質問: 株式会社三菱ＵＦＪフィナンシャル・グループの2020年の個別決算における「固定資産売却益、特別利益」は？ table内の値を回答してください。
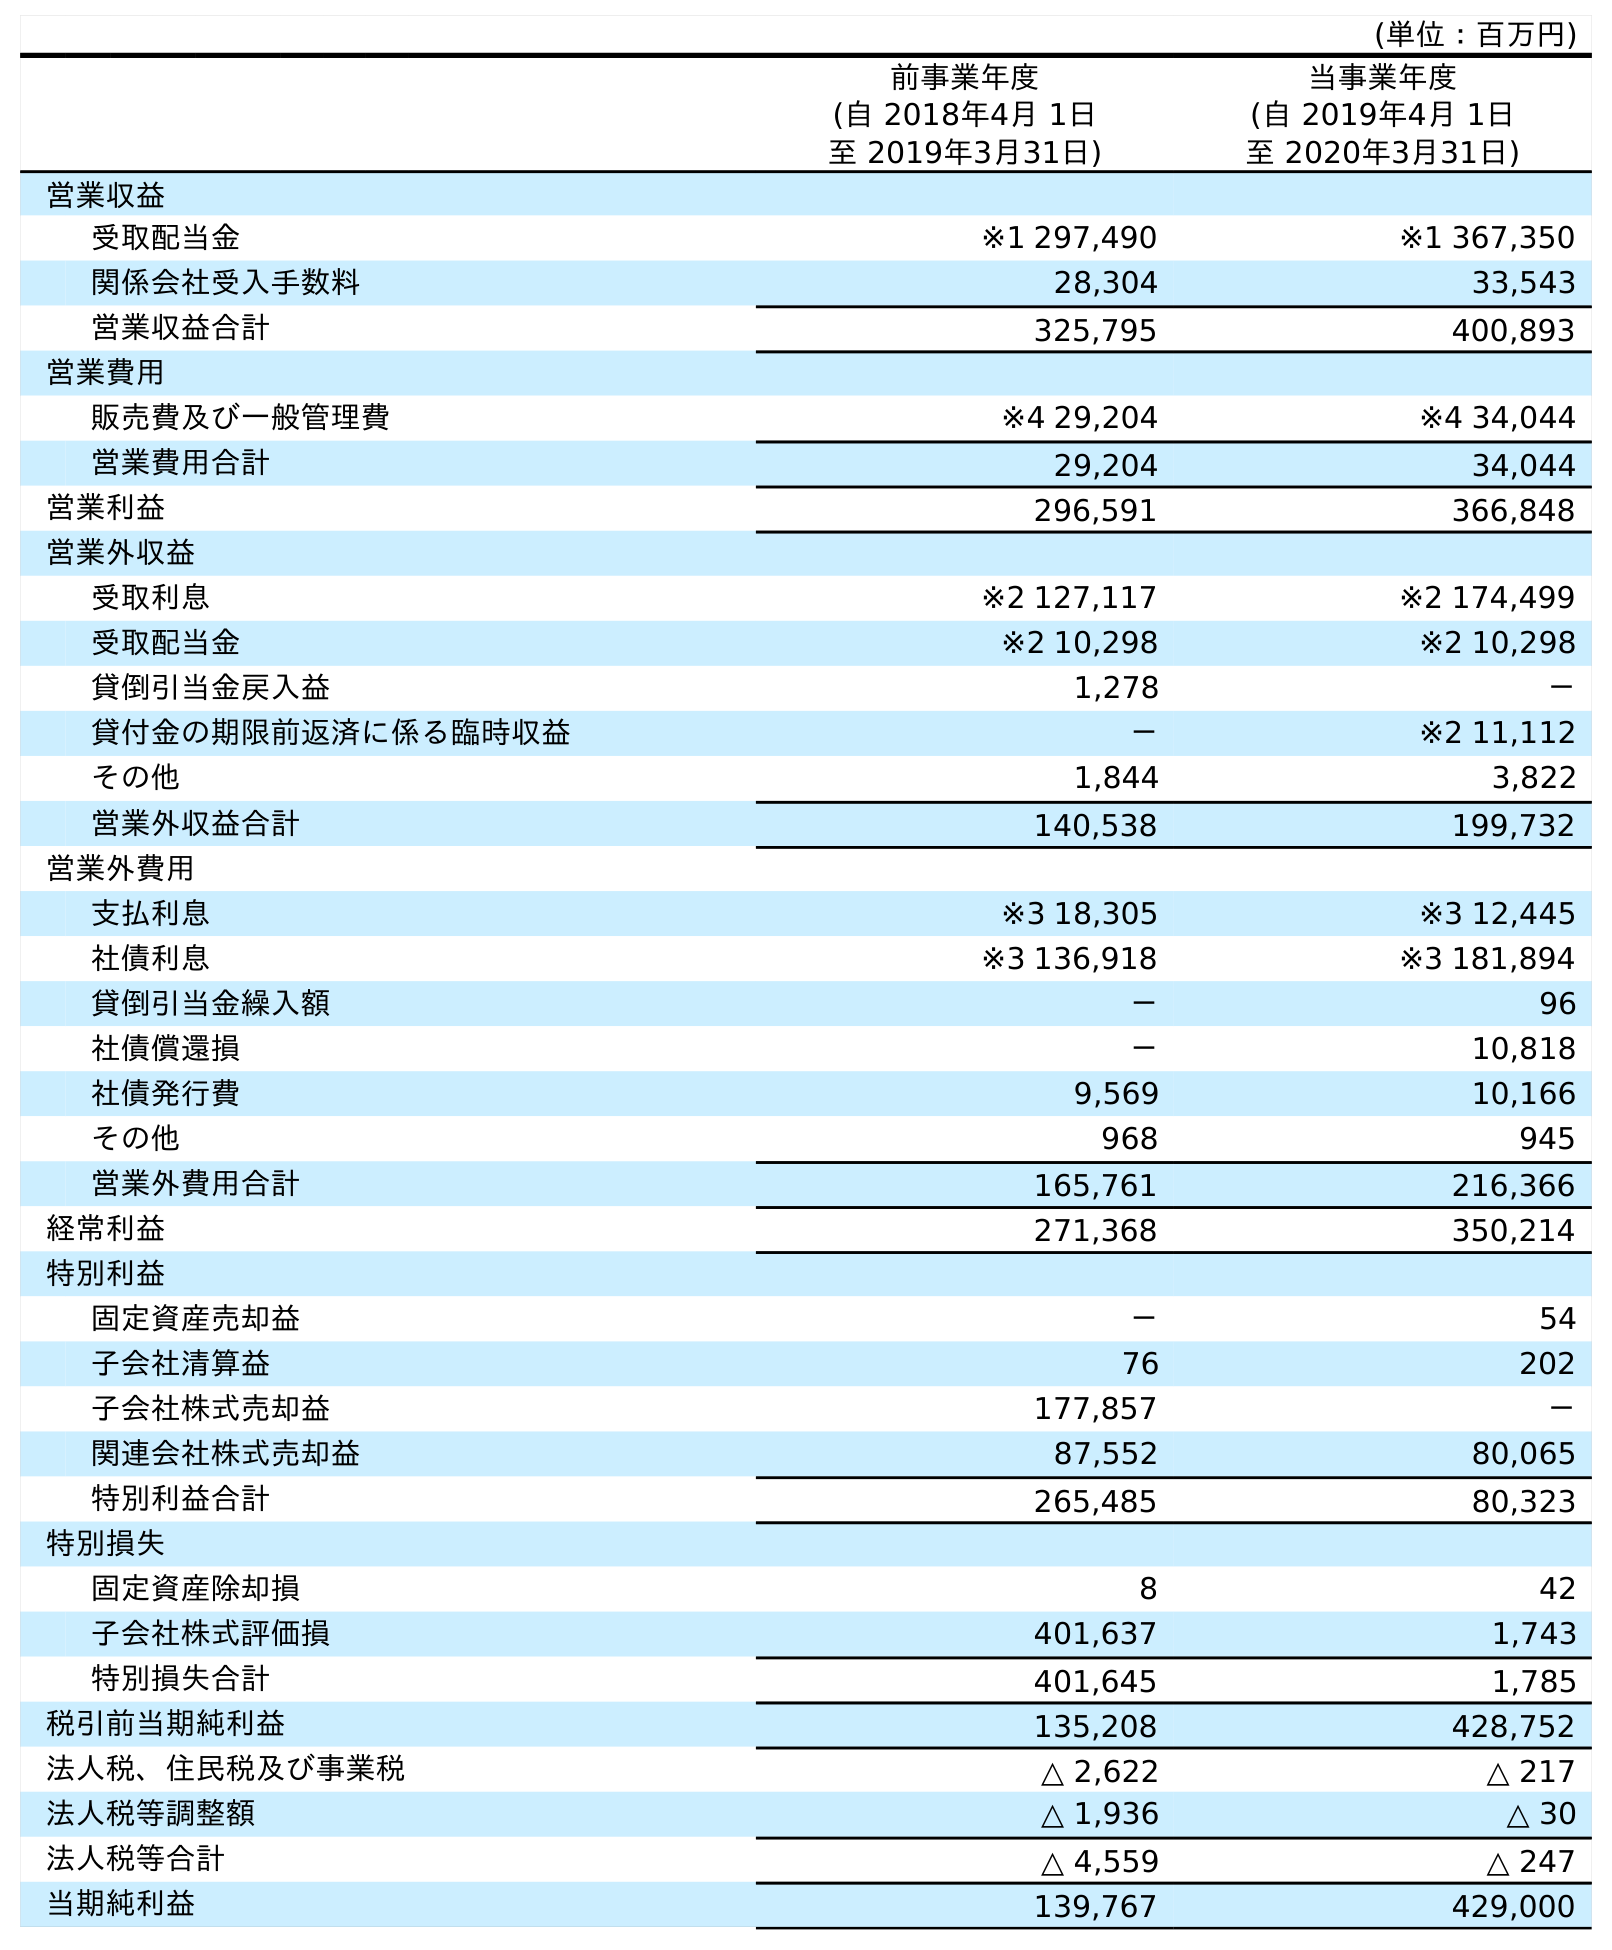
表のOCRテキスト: (単位：百万円) 前事業年度 (自 2018年4月 1日 至 2019年3月31日) 当事業年度 (自 2019年4月 1日 至 2020年3月31日) 営業収益 受取配当金 ※1 297,490 ※1 367,350 関係会社受入手数料 28,304 33,543 営業収益合計 325,795 400,893 営業費用 販売費及び一般管理費 ※4 29,204 ※4 34,044 営業費用合計 29,204 34,044 営業利益 296,591 366,848 営業外収益 受取利息 ※2 127,117 ※2 174,499 受取配当金 ※2 10,298 ※2 10,298 貸倒引当金戻入益 1,278 － 貸付金の期限前返済に係る臨時収益 － ※2 11,112 その他 1,844 3,822 営業外収益合計 140,538 199,732 営業外費用 支払利息 ※3 18,305 ※3 12,445 社債利息 ※3 136,918 ※3 181,894 貸倒引当金繰入額 － 96 社債償還損 － 10,818 社債発行費 9,569 10,166 その他 968 945 営業外費用合計 165,761 216,366 経常利益 271,368 350,214 特別利益 固定資産売却益 － 54 子会社清算益 76 202 子会社株式売却益 177,857 － 関連会社株式売却益 87,552 80,065 特別利益合計 265,485 80,323 特別損失 固定資産除却損 8 42 子会社株式評価損 401,637 1,743 特別損失合計 401,645 1,785 税引前当期純利益 135,208 428,752 法人税、住民税及び事業税 △ 2,622 △ 217 法人税等調整額 △ 1,936 △ 30 法人税等合計 △ 4,559 △ 247 当期純利益 139,767 429,000
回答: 54